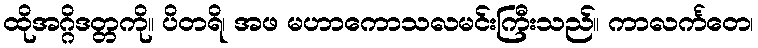
ထိုအဂ္ဂိဒတ္တကို။ ပိတရိ၊ အဖ မဟာကောသလမင်းကြီးသည်။ ကာလင်္ကတေ၊